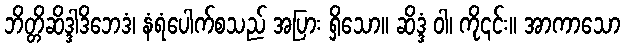
ဘိတ္တိဆိဒ္ဒါဒိဘေဒံ၊ နံရံပေါက်စသည် အပြား ရှိသော။ ဆိဒ္ဒံ ဝါ၊ ကို၎င်း။ အာကာသော